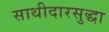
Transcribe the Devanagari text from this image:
साथीदारसुद्धा